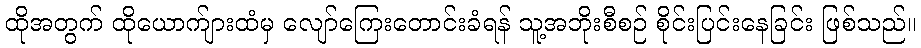
ထိုအတွက် ထိုယောက်ျားထံမှ လျော်ကြေးတောင်းခံရန် သူ့အဘိုးစီစဉ် စိုင်းပြင်းနေခြင်း ဖြစ်သည်။